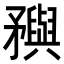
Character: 𥎗